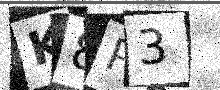
Text: K8P3